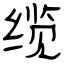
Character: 缆